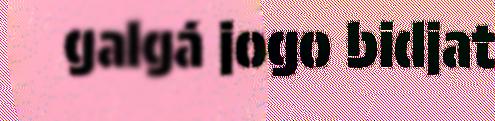
galgá jogo bidjat